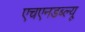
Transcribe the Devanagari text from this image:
एचएनडब्ल्यू